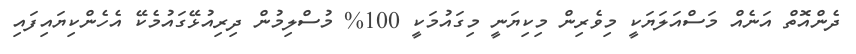
ދެންއޮތް އަނެއް މަސްއަލަޔަކީ މިވެރިން މިކިޔަނީ މިގައުމަކީ 100% މުސްލިމުން ދިރިއުޅޭގައުމެކޭ އެހެންކިޔައިފައި